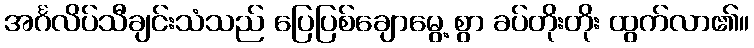
အင်္ဂလိပ်သီချင်းသံသည် ပြေပြစ်ချောမွေ့ စွာ ခပ်တိုးတိုး ထွက်လာ၏။